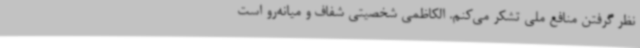
نظر گرفتن منافع ملی تشکر می‌کنم. الکاظمی شخصیتی شفاف و میانه‌رو است